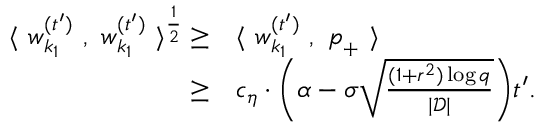
\begin{array} { r l } { \langle ~ { \boldsymbol w } _ { k _ { 1 } } ^ { ( t ^ { \prime } ) } ~ , ~ { \boldsymbol w } _ { k _ { 1 } } ^ { ( t ^ { \prime } ) } ~ \rangle ^ { \frac { 1 } { 2 } } \ge } & { \langle ~ { \boldsymbol w } _ { k _ { 1 } } ^ { ( t ^ { \prime } ) } ~ , ~ { \boldsymbol p } _ { + } ~ \rangle } \\ { \ge } & { c _ { \eta } \cdot \bigg ( \alpha - \sigma \sqrt { \frac { ( 1 + r ^ { 2 } ) \log q } { | \mathcal { D } | } } \bigg ) t ^ { \prime } . } \end{array}